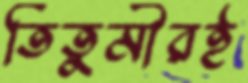
তিতুমীরই